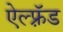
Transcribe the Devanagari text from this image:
ऐल्फ़्रॅड